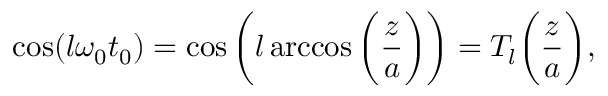
\cos ( l \omega _ { 0 } t _ { 0 } ) = \cos \bigg ( l \operatorname { a r c c o s } \bigg ( \frac { z } { a } \bigg ) \bigg ) = T _ { l } \bigg ( \frac { z } { a } \bigg ) ,